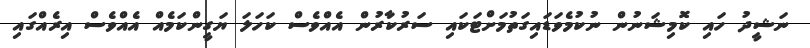
ނަޝީދު ހައި ކޮމިޝަނުން ނުކުމެވަޑައިގަތުމަށްޓަކައި ސަރުކާރުން އެއްވެސް ކަހަލަ ޔަގީންކަމެއް އެއްވެސް އިރެއްގައި